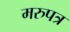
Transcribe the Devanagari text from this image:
मरुपत्र